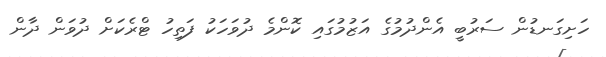
ހަށިގަނޑުން ސަރުބީ އެންދުމުގެ އަޒުމުގައި ކޮންމެ ދުވަހަކު ފަތިހު ޓްރެކަށް ދުވަން ދާން